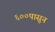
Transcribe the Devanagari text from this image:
६००पासून